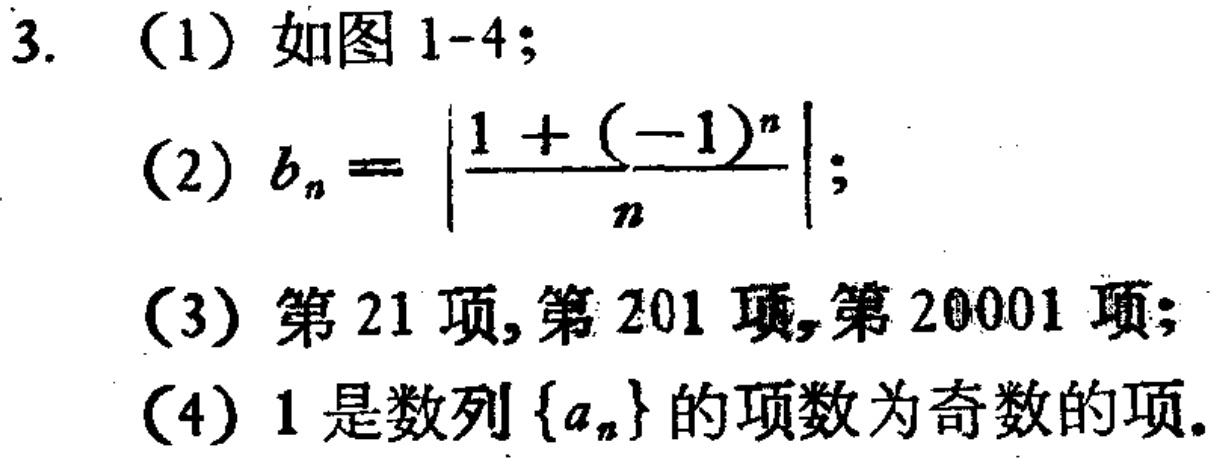
3. (1) 如图 1-4;
(2) \(b_{n}=\left|\frac{1 + (-1)^{n}}{n}\right|\);
(3) 第 21 项, 第 201 项, 第 20001 项;
(4) 1 是数列\(\{a_{n}\}\)的项数为奇数的项.